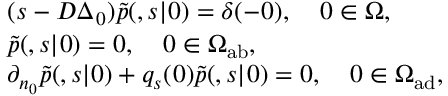
\begin{array} { r l } & { ( s - D \Delta _ { \r _ { 0 } } ) \tilde { p } ( \r , s | \r _ { 0 } ) = \delta ( \r - \r _ { 0 } ) , \quad \r _ { 0 } \in \Omega , } \\ & { \tilde { p } ( \r , s | \r _ { 0 } ) = 0 , \quad \r _ { 0 } \in \Omega _ { \mathrm { { a b } } } , } \\ & { \partial _ { n _ { 0 } } \tilde { p } ( \r , s | \r _ { 0 } ) + q _ { s } ( \r _ { 0 } ) \tilde { p } ( \r , s | \r _ { 0 } ) = 0 , \quad \r _ { 0 } \in \Omega _ { \mathrm { a d } } , } \end{array}